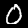
Label: 0